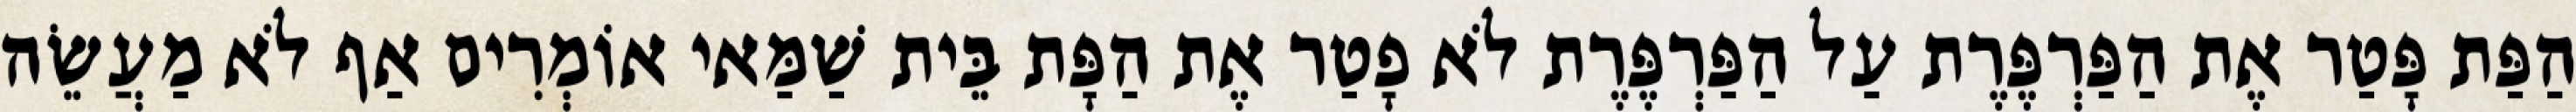
הַפַּת פָּטַר אֶת הַפַּרְפֶּרֶת עַל הַפַּרְפֶּרֶת לֹא פָטַר אֶת הַפָּת בֵּית שַׁמַּאי אוֹמְרִים אַף לֹא מַעֲשֵׂה